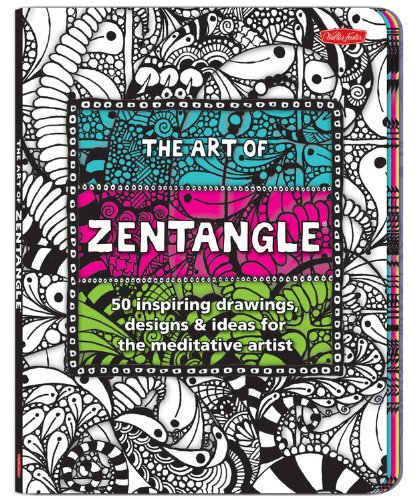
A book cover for The Art of Zentangle: 50 inspiring drawings, designs & ideas for the meditative artist; Margaret Bremner; Arts & Photography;